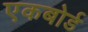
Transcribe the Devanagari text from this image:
एकबोर्ड